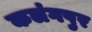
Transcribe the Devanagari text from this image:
कलंगपुर